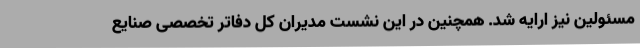
مسئولین نیز ارایه شد. همچنین در این نشست مدیران کل دفاتر تخصصی صنایع